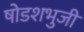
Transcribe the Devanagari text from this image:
षोडशभुजी